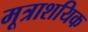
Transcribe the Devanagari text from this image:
मूत्राशयिक